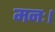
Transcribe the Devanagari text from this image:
मनः।